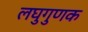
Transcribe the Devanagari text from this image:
लघुगुणक